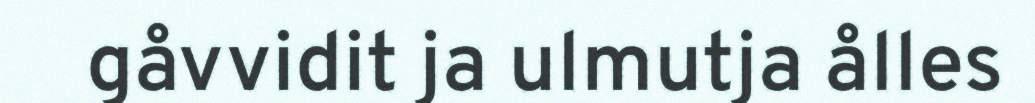
gåvvidit ja ulmutja ålles